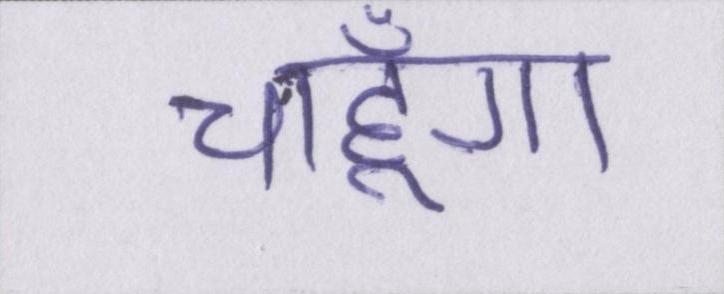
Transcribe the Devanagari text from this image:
चाहूँगा